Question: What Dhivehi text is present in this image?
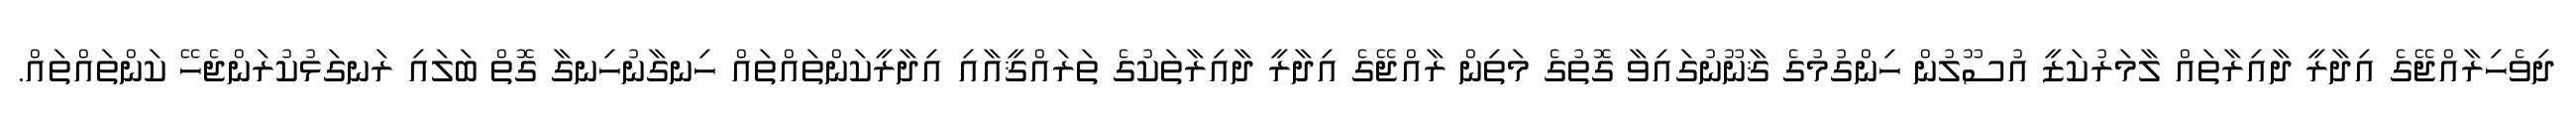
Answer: ދިވެހިރާއްޖޭގެ އިދާރީ ދާއިރާތައް ލާމަރުކަޒީ އުސޫލުން ހިންގުމުގެ ޤާނޫނުގައިވާ ގޮތުގެ މަތިން ރާއްޖޭގެ އިދާރީ ދާއިރާތަކުގެ ތަރައްޤީއާއި އިދާރީކަންތައްތައް ހިނގާނުހިނގާ ގޮތް ބަލައި ރަނގަޅުކުރަންޖެހޭ ކަންތައްތައް.